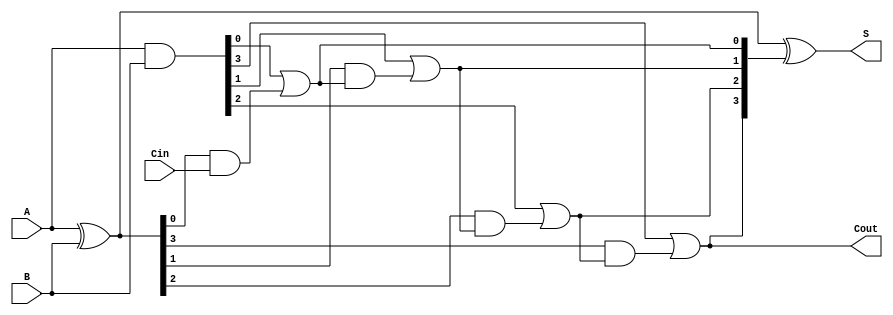
module CarryLookaheadAdder #(parameter n = 4) (
    input [n-1:0] A,      // n-bit input A
    input [n-1:0] B,      // n-bit input B
    input Cin,            // Carry-in
    output [n-1:0] S,     // n-bit sum output
    output Cout           // Carry-out
);

    // Generate and Propagate signals
    wire [n-1:0] G; // Generate signals
    wire [n-1:0] P; // Propagate signals
    wire [n:0] C;   // Carry signals

    // Generate and Propagate calculations
    assign G = A & B;          // Gi = Ai & Bi
    assign P = A ^ B;          // Pi = Ai ^ Bi

    // Carry calculations
    assign C[0] = Cin;         // C0 = Cin

    genvar i;
    generate
        for (i = 0; i < n; i = i + 1) begin : carry_calc
            if (i == 0) begin
                assign C[i + 1] = G[i] | (P[i] & C[i]); // C1 = G0 + (P0 & C0)
            end else begin
                assign C[i + 1] = G[i] | (P[i] & C[i]); // Ci+1 = Gi + (Pi & Ci)
            end
        end
    endgenerate

    // Sum calculation
    assign S = P ^ C[n:1]; // Si = Pi ^ Ci

    // Final carry-out
    assign Cout = C[n]; // Cout = Cn

endmodule